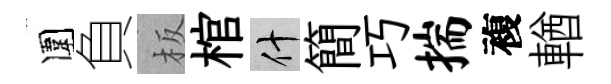
圍負板棺什簡巧揣複輶